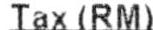
TAX(RM)